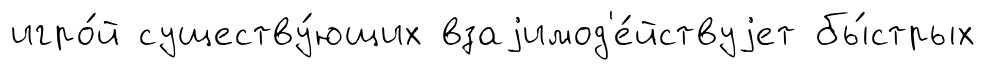
игро́й существу́ющих взаjимод'е́йствуjет бы́стрых